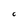
Character: C